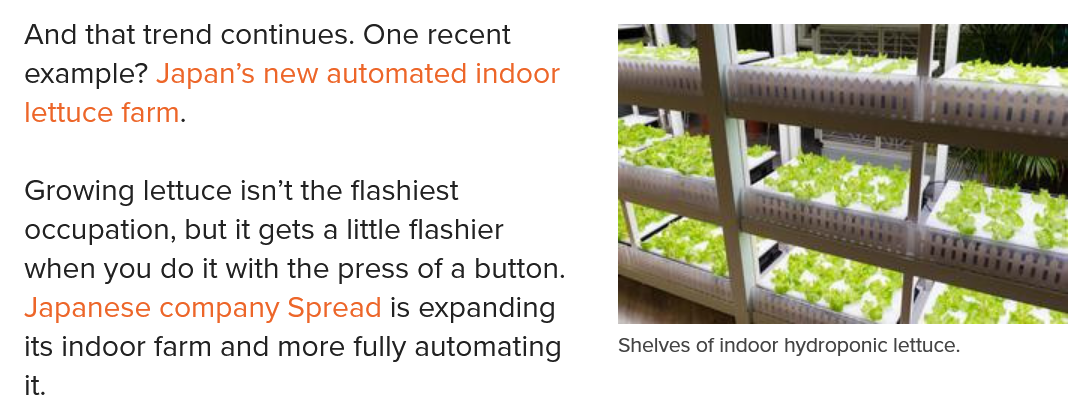
And that trend continues. One recent
  example? Japan’s new automated indoor
  lettuce farm.
  Growing lettuce isn’t the flashiest
  occupation, but it gets
  a
     little flashier
  when you do it with the press of a button.
  Japanese company Spread is expanding
  its indoor farm and more fully automating
  it.
     Shelves of indoor hydroponic lettuce.